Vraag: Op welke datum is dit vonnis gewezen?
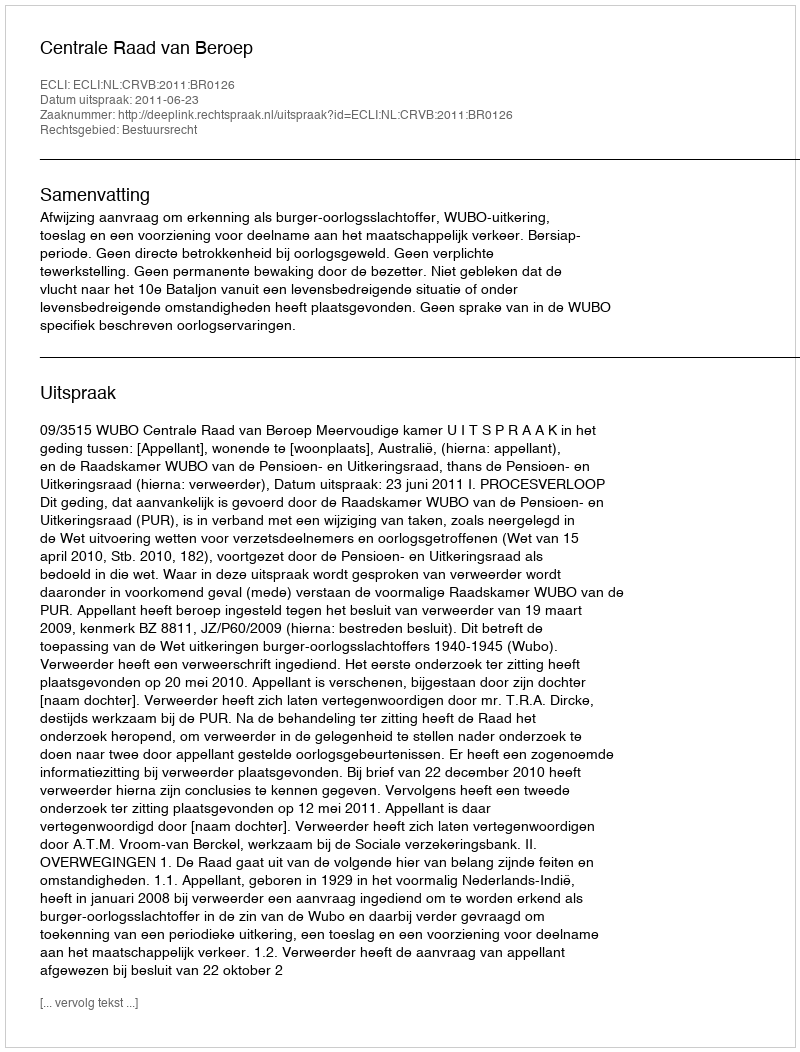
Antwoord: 2011-06-23